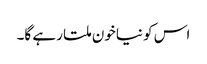
اس کو نیاخون ملتا رہے گا۔